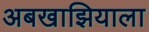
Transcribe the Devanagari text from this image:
अबखाझियाला